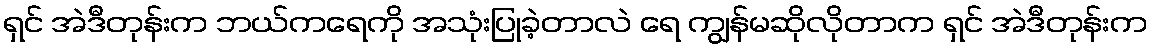
ရှင် အဲဒီတုန်းက ဘယ်ကရေကို အသုံးပြုခဲ့တာလဲ ရေ ကျွန်မဆိုလိုတာက ရှင် အဲဒီတုန်းက